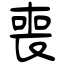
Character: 喪